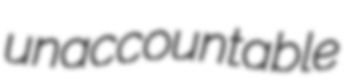
unaccountable